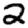
Digit: 2